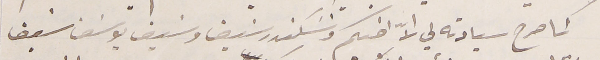
كما صرح سيادته لي الاّ اخيكم وسَكندر سَيف وسَيف يوسَف سَيف